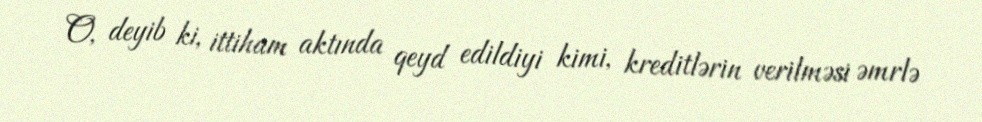
O, deyib ki, ittiham aktında qeyd edildiyi kimi, kreditlərin verilməsi əmrlə